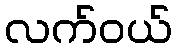
လက်ဝယ်